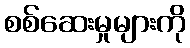
စစ်ဆေးမှုများကို